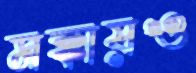
মক্কায়ও